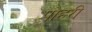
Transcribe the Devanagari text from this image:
पोहरी